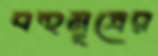
বহুমূত্রের